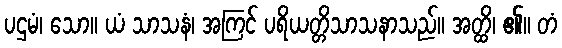
ပဌမံ၊ သော။ ယံ သာသနံ၊ အကြင် ပရိယတ္တိသာသနာသည်။ အတ္ထိ၊ ၏။ တံ